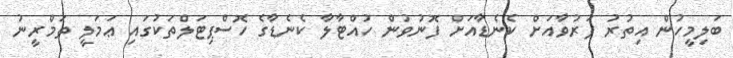
ބަލިމީހުން އިތުރު ފަރުވާއަށް ކެނެޑާއަށް ފޮނުވުން ހުއްޓާލާ ކެނެޑާގެ ހޮސްޕިޓަލްތަކުގައި ޢަމަލީ ތަމްރީނު